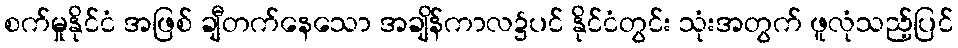
စက်မှုနိုင်ငံ အဖြစ် ချီတက်နေသော အချိန်ကာလ၌ပင် နိုင်ငံတွင်း သုံးအတွက် ဖူလုံသည့်ပြင်